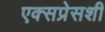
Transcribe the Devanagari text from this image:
एक्सप्रेसशी